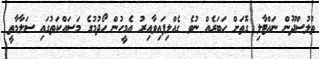
ތުލުސްދޫން ނައްޓާލި ގޮތަށް ހަބަރެއް ނުވެ ގެއްލިފައިވާއިރު އެމީހުން ހޯދުމުގެ މަސައްކަތުގައި ސަލާމާތީ